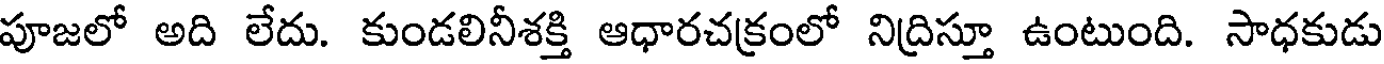
పూజలో అది లేదు. కుండలినీశక్తి ఆధారచక్రంలో నిద్రిస్తూ ఉంటుంది. సాధకుడు